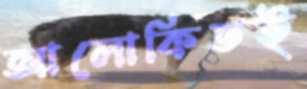
আলোকিতই